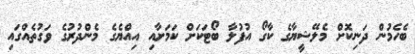
ބެހެމުން ދަނިކޮށް މެލޭޝީޔާގެ ކާގޯ އުފުލާ ބޯޓަކަށް ކަމަށާއި އިއްޔެގެ މެންދުރުގެ ވަގުތެއްގައި